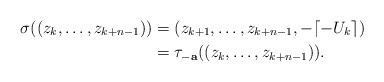
LaTeX: \begin{align*}\sigma((z_k,\ldots,z_{k+n-1}))&=(z_{k+1},\ldots,z_{k+n-1},-\lceil-U_k\rceil)\\&=\tau_\mathbf{-a}((z_k,\ldots,z_{k+n-1})).\end{align*}